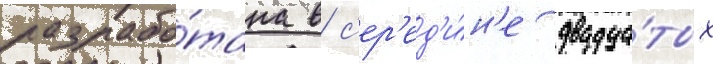
разрабо́тана в с'ер'ед'и́н'е двадца́тых